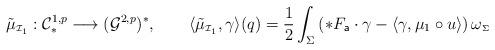
LaTeX: \begin{align*} \tilde{\mu}_{\scriptscriptstyle\mathcal{I}_{1}}: \mathcal{C}^{1,p}_{\ast} \longrightarrow (\mathcal{G}^{2,p})^{*}, ~~~~~~\langle \tilde{\mu}_{\scriptscriptstyle\mathcal{I}_{1}}, \gamma \rangle (q) = \frac{1}{2}\int_{\Sigma} \left(\ast F_{\mathsf{a}} \cdot \gamma - \langle \gamma, \mu_{1}\circ u\rangle \right)\omega_{\scriptscriptstyle\Sigma}\end{align*}